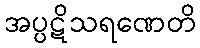
အပ္ပဋိသရဏေတိ